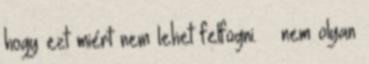
hogy ezt miért nem lehet felfogni. – nem olyan